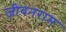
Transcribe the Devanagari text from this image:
जीवनराम